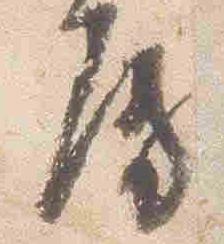
房